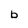
Character: 6